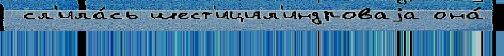
 сл'ила́сь шест'ицил'индроваjа она́